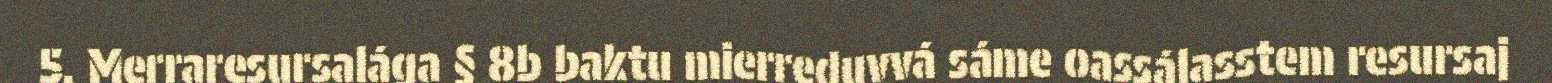
5. Merraresursalága § 8b baktu mierreduvvá sáme oassálasstem resursaj